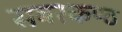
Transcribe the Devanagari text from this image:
सबरकण्ठ